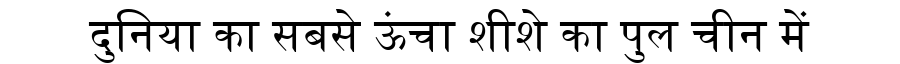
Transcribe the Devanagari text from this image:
दुनिया का सबसे ऊंचा शीशे का पुल चीन में